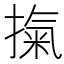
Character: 𭡾